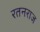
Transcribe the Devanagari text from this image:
रतनराज